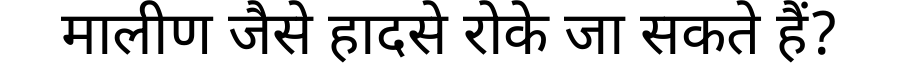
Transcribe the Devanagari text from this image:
मालीण जैसे हादसे रोके जा सकते हैं?